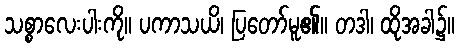
သစ္စာလေးပါးကို။ ပကာသယိ၊ ပြတော်မူ၏။ တဒါ၊ ထိုအခါ၌။